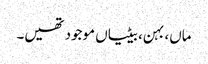
ماں، بہن، بیٹیاں موجود تھیں۔